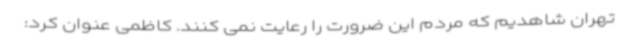
تهران شاهدیم که مردم این ضرورت را رعایت نمی کنند. کاظمی عنوان کرد: